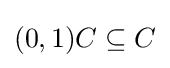
(0,1)C\subseteq C